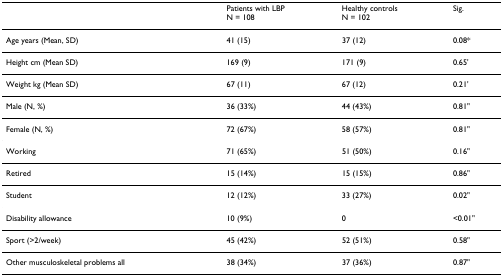
<table><thead><tr><td></td><td><b>Patients with LBPN = 108</b></td><td><b>Healthy controlsN = 102</b></td><td><b>Sig.</b></td></tr></thead><tbody><tr><td>Age years (Mean, SD)</td><td>41 (15)</td><td>37 (12)</td><td>0.08*</td></tr><tr><td>Height cm (Mean SD)</td><td>169 (9)</td><td>171 (9)</td><td>0.65&#x27;</td></tr><tr><td>Weight kg (Mean SD)</td><td>67 (11)</td><td>67 (12)</td><td>0.21&#x27;</td></tr><tr><td>Male (N, %)</td><td>36 (33%)</td><td>44 (43%)</td><td>0.81&quot;</td></tr><tr><td>Female (N, %)</td><td>72 (67%)</td><td>58 (57%)</td><td>0.81&quot;</td></tr><tr><td>Working</td><td>71 (65%)</td><td>51 (50%)</td><td>0.16&quot;</td></tr><tr><td>Retired</td><td>15 (14%)</td><td>15 (15%)</td><td>0.86&quot;</td></tr><tr><td>Student</td><td>12 (12%)</td><td>33 (27%)</td><td>0.02&quot;</td></tr><tr><td>Disability allowance</td><td>10 (9%)</td><td>0</td><td>&lt;0.01&quot;</td></tr><tr><td>Sport (&gt;2/week)</td><td>45 (42%)</td><td>52 (51%)</td><td>0.58&quot;</td></tr><tr><td>Other musculoskeletal problems all</td><td>38 (34%)</td><td>37 (36%)</td><td>0.87&quot;</td></tr></tbody></table>